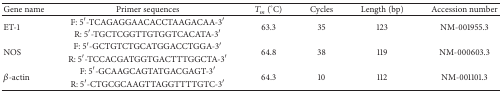
| Gene name | Primer sequences | Tm(°C) | Cycles | Length (bp) | Accession number |
 | --- | --- | --- | --- | --- | --- |
 | <ROWSPAN=2> ET-1 | F: 5′-TCAGAGGAACACCTAAGACAA-3′ | <ROWSPAN=2> 63.3 | <ROWSPAN=2> 35 | <ROWSPAN=2> 123 | <ROWSPAN=2> NM-001955.3 |
 | R: 5′-TGCTCGGTTGTGGTCACATA-3′ |
 | <ROWSPAN=2> NOS | F: 5′-GCTGTCTGCATGGACCTGGA-3′ | <ROWSPAN=2> 64.8 | <ROWSPAN=2> 38 | <ROWSPAN=2> 119 | <ROWSPAN=2> NM-000603.3 |
 | R: 5′-TCCACGATGGTGACTTTGGCTA-3′ |
 | <ROWSPAN=2> β-actin | F: 5′-GCAAGCAGTATGACGAGT-3′ | <ROWSPAN=2> 64.3 | <ROWSPAN=2> 10 | <ROWSPAN=2> 112 | <ROWSPAN=2> NM-001101.3 |
 | R: 5′-CTGCGCAAGTTAGGTTTTGTC-3′ |